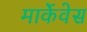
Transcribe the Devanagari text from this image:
मार्केवेस